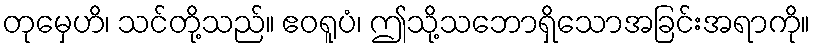
တုမှေဟိ၊ သင်တို့သည်။ ဧဝရူပံ၊ ဤသို့သဘောရှိသောအခြင်းအရာကို။